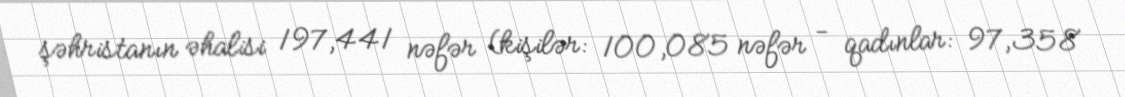
şəhristanın əhalisi 197,441 nəfər (kişilər: 100,085 nəfər - qadınlar: 97,358